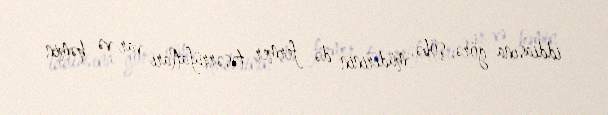
iddiasına görə, şöbə müdirinin də fermer təsərrüfatları var və həmin